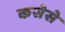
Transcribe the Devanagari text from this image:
कसेसे